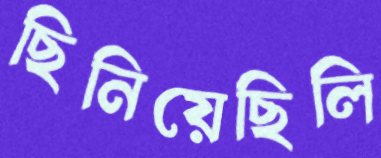
ছিনিয়েছিলি